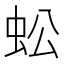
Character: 蚣